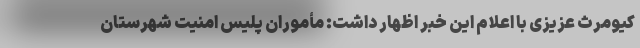
کیومرث عزیزی با اعلام این خبر اظهار داشت: مأموران پلیس امنیت شهرستان